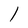
Character: l